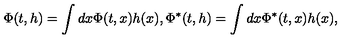
\Phi ( t , h ) = \int d x \Phi ( t , x ) h ( x ) , \Phi ^ { * } ( t , h ) = \int d x \Phi ^ { * } ( t , x ) h ( x ) ,